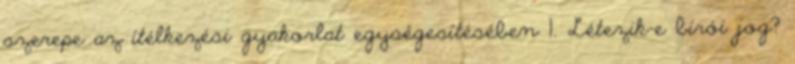
szerepe az ítélkezési gyakorlat egységesítésében 1. Létezik-e bírói jog?